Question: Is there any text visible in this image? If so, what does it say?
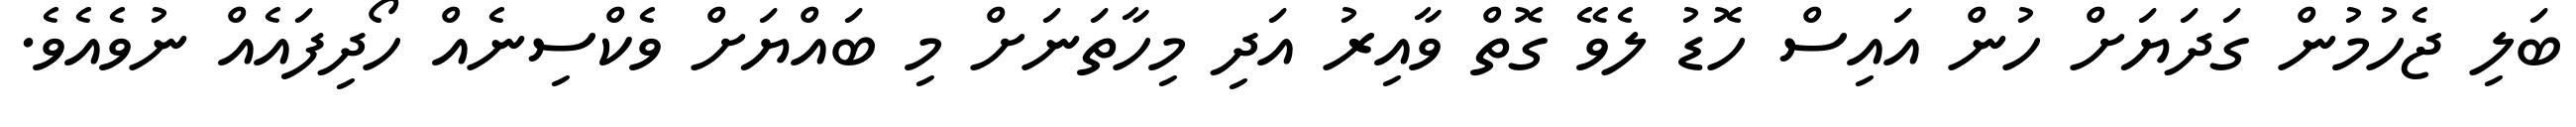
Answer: ބަލި ޖެހުމުން ގަދަޔަށް ހުން އައިސް ހޮޑު ލެވޭ ގޮތް ވާއިރު އަދި މިހާތަނަށް މި ބައްޔަށް ވެކްސިނެއް ހޯދިފައެއް ނުވެއެވެ.